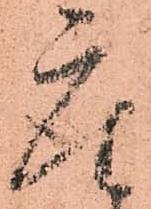
座